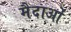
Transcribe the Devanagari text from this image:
मैदाओं